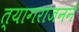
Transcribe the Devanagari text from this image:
त्यागराजनने